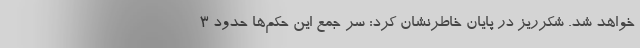
خواهد شد. شکرریز در پایان خاطرنشان کرد: سر جمع این حکم‌ها حدود 3